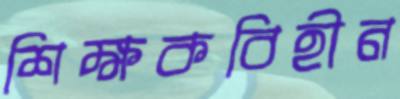
শিক্ষকবিহীন